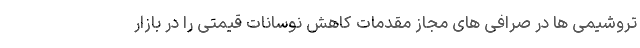
تروشیمی ها در صرافی های مجاز مقدمات کاهش نوسانات قیمتی را در بازار